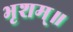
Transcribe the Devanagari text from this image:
भृशम्॥